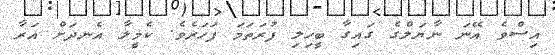
އިސްވެ އޭނަ ނާޔަލްގެ ގައިގާ ބީހިލި ފުރަތަމަ ފަހަރެވެ. ކެމީލާ އެނދަށް އަރާ